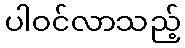
ပါဝင်လာသည့်